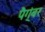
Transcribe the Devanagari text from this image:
पैग्ंबर